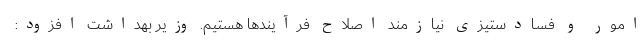
امور و فسادستیزی نیازمند اصلاح فرآیندها هستیم. وزیر بهداشت افزود: